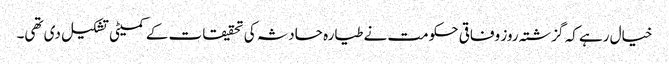
خیال رہے کہ گزشتہ روز وفاقی حکومت نے طیارہ حادثہ کی تحقیقات کے کمیٹی تشکیل دی تھی۔